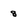
Character: 8